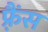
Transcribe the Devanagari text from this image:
फ़्रैंस